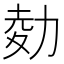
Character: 𠡭